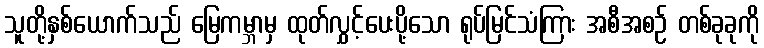
သူတို့နှစ်ယောက်သည် မြေကမ္ဘာမှ ထုတ်လွှင့်ပေးပို့သော ရုပ်မြင်သံကြား အစီအစဉ် တစ်ခုခုကို